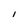
Character: l